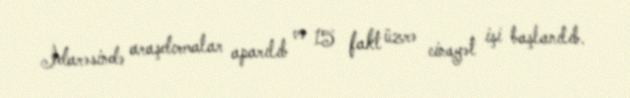
İdarəsində araşdırmalar aparılıb və 15 fakt üzrə cinayət işi başlanılıb.